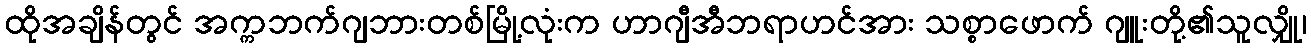
ထိုအချိန်တွင် အက္ကဘက်ဂျဘားတစ်မြို့လုံးက ဟာဂျီအီဘရာဟင်အား သစ္စာဖောက် ဂျူးတို့၏သူလျှို၊